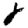
Digit: 8